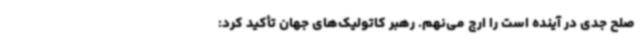
صلح جدی در آینده است را ارج می‌نهم. رهبر کاتولیک‌های جهان تأکید کرد: